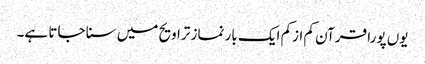
یوں پورا قرآن کم ازکم ایک بار نماز تراویح میں سنا جاتا ہے۔